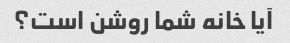
آیا خانه شما روشن است؟